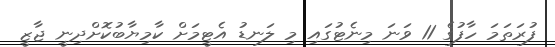
ފުރަތަމަ ހާފުގެ 11 ވަނަ މިނެޓުގައި މި ލަނޑު އެޓީމަށް ކާމިޔާބުކޮށްދިނީ ޖާޒީ